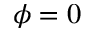
\phi = 0